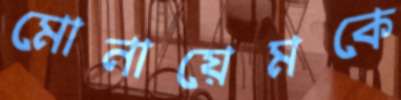
মোনায়েমকে